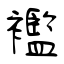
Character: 襤